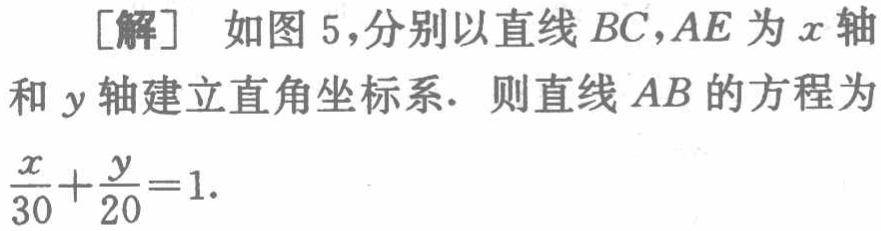
[解] 如图 5,分别以直线 \(BC,AE\) 为 \(x\) 轴和 \(y\) 轴建立直角坐标系. 则直线 \(AB\) 的方程为 \(\frac{x}{30}+\frac{y}{20}=1\).